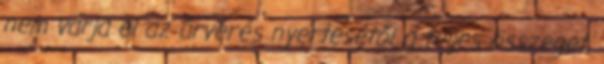
nem várja el az árverés nyertesétől a teljes összeget,